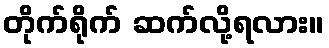
တိုက်ရိုက် ဆက်လို့ရလား။